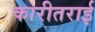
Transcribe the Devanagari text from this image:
कारीतराई